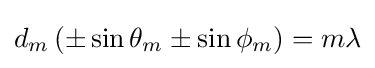
d_{m}\left(\pm \sin {\theta _{m}}\pm \sin {\phi _{m}}\right)=m\lambda